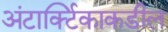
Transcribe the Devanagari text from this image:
अंटार्क्टिकाकडील